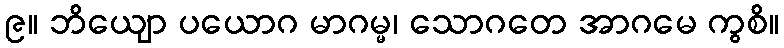
၉။ ဘိယျော ပယောဂ မာဂမ္မ၊ သောဂတေ အာဂမေ ကွစိ။